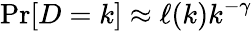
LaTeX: \operatorname*{Pr}[D=k]\approx\ell(k)k^{-\gamma}